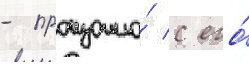
- произошло́ с его́